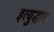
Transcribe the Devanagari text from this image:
इत्युद्धार